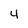
Character: 4